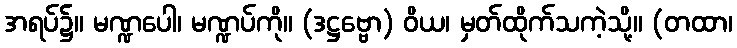
အရပ်၌။ မဏ္ဍပေါ၊ မဏ္ဍပ်ကို။ (ဒဋ္ဌဗ္ဗော) ဝိယ၊ မှတ်ထိုက်သကဲ့သို့။ (တထာ၊